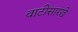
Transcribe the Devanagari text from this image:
वाटीसारखे